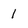
Character: 1